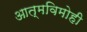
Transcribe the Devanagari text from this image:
आत्मविमोही